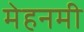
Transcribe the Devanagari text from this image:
मेहनमी